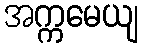
အက္ကမေယျ